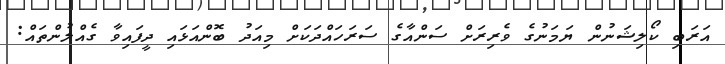
އަރަބި ކޯލިޝަނުން ޔަމަނުގެ ވެރިރަށް ސަންއާގެ ސަރަހައްދަކަށް މިއަދު ބޮންއަޅައި ދީފައިވާ ގެއްލުންތައް: